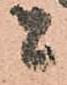
者